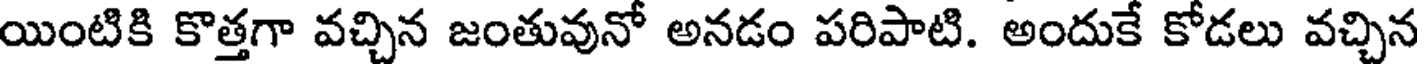
యింటికి కొత్తగా వచ్చిన జంతువునో అనడం పరిపాటి. అందుకే కోడలు వచ్చిన